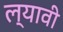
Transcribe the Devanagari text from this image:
ल्यावी